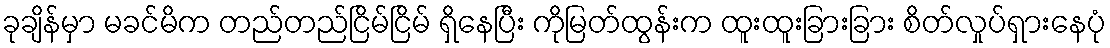
ခုချိန်မှာ မခင်မိက တည်တည်ငြိမ်ငြိမ် ရှိနေပြီး ကိုမြတ်ထွန်းက ထူးထူးခြားခြား စိတ်လှုပ်ရှားနေပုံ